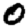
Digit: 0